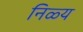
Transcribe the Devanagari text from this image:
निळ्य